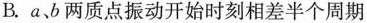
B.a，b两质点振动开始时刻相差半个周期